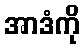
အာဒံကို